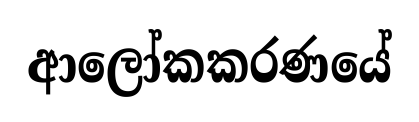
ආලෝකකරණයේ